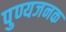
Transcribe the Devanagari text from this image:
पुण्यजनक